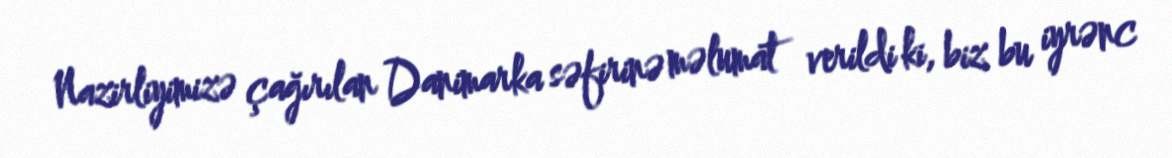
Nazirliyimizə çağırılan Danimarka səfirinə məlumat verildi ki, biz bu iyrənc